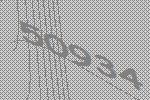
50934